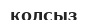
қолсыз